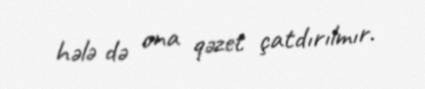
hələ də ona qəzet çatdırılmır.